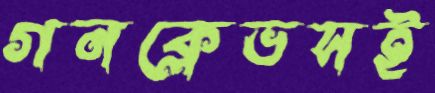
গনক্লেভসই